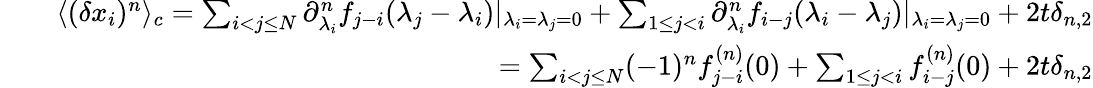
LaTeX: \begin{array}{rlr}&{}&{\langle(\delta x_{i})^{n}\rangle_{c}=\sum_{i<j\leq N}\partial_{\lambda_{i}}^{n}f_{j-i}(\lambda_{j}-\lambda_{i})|_{\lambda_{i}=\lambda_{j}=0}+\sum_{1\leq j<i}\partial_{\lambda_{i}}^{n}f_{i-j}(\lambda_{i}-\lambda_{j})|_{\lambda_{i}=\lambda_{j}=0}+2t\delta_{n,2}}\\ &{}&{=\sum_{i<j\leq N}(-1)^{n}f_{j-i}^{(n)}(0)+\sum_{1\leq j<i}f_{i-j}^{(n)}(0)+2t\delta_{n,2}}\end{array}